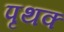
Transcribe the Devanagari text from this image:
पृथक्‍